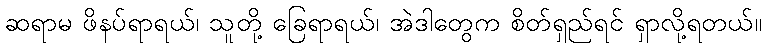
ဆရာမ ဖိနပ်ရာရယ်၊ သူတို့ ခြေရာရယ်၊ အဲဒါတွေက စိတ်ရှည်ရင် ရှာလို့ရတယ်။